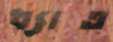
ধ্যাত